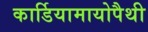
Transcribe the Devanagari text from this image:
कार्डियामायोपैथी